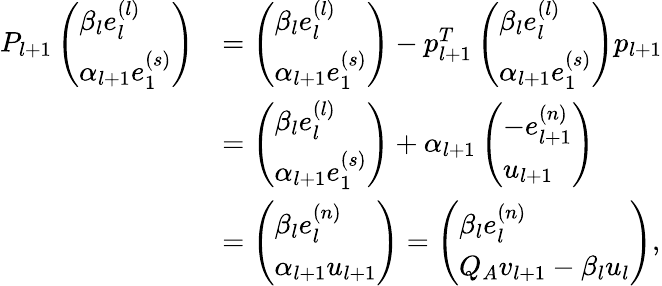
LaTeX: \begin{array}{rl}{P_{l+1}\left(\begin{array}{l}{\beta_{l}e_{l}^{(l)}}\\ {\alpha_{l+1}e_{1}^{(s)}}\end{array}\right)}&{=\left(\begin{array}{l}{\beta_{l}e_{l}^{(l)}}\\ {\alpha_{l+1}e_{1}^{(s)}}\end{array}\right)-p_{l+1}^{T}\left(\begin{array}{l}{\beta_{l}e_{l}^{(l)}}\\ {\alpha_{l+1}e_{1}^{(s)}}\end{array}\right)p_{l+1}}\\ &{=\left(\begin{array}{l}{\beta_{l}e_{l}^{(l)}}\\ {\alpha_{l+1}e_{1}^{(s)}}\end{array}\right)+\alpha_{l+1}\left(\begin{array}{l}{-e_{l+1}^{(n)}}\\ {u_{l+1}}\end{array}\right)}\\ &{=\left(\begin{array}{l}{\beta_{l}e_{l}^{(n)}}\\ {\alpha_{l+1}u_{l+1}}\end{array}\right)=\left(\begin{array}{l}{\beta_{l}e_{l}^{(n)}}\\ {Q_{A}v_{l+1}-\beta_{l}u_{l}}\end{array}\right),}\end{array}